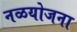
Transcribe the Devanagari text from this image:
नळयोजना